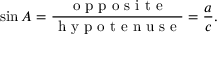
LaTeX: \sin A = { \frac { \textrm { o p p o s i t e } } { \textrm { h y p o t e n u s e } } } = { \frac { a } { c } } .